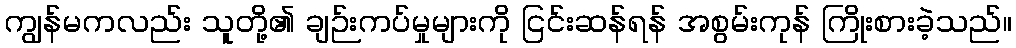
ကျွန်မကလည်း သူတို့၏ ချဉ်းကပ်မှုများကို ငြင်းဆန်ရန် အစွမ်းကုန် ကြိုးစားခဲ့သည်။